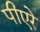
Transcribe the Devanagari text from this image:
पीएरे